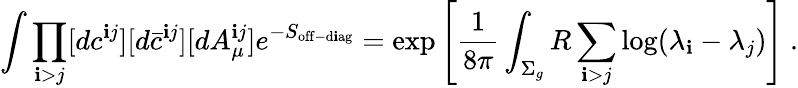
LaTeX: \int\prod_{\mathbf{i}>j}[dc^{\mathbf{i}j}][d\bar{{c}}^{\mathbf{i}j}][dA_{\mu}^{\mathbf{i}j}]e^{-S_{\mathrm{{off-d\mathbf{i}ag}}}}=\exp\left[{\frac{{1}}{{8\pi}}}\int_{\Sigma_{g}}R\sum_{\mathbf{i}>j}\log(\lambda_{\mathbf{i}}-\lambda_{j})\right]~.